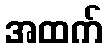
အထက်